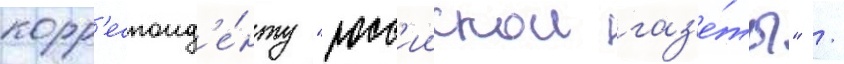
корр'еспонд'е́нту "росс'иискои газ'е́ты" /